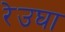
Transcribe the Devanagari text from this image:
रेउघा